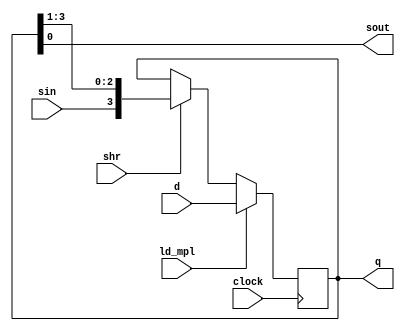
module vpl_mplreg_v(d,sin,ld_mpl,shr,clock,q,sout);
	input[3:0] d;
	input sin,ld_mpl,shr,clock;
	output reg[3:0] q;
	output sout;
	
	assign sout = q[0];
	
	always@(posedge clock)
		if(ld_mpl)
			q = d;
		else if(shr)
			q = {sin,q[3:1]};
		else
			q = q;
endmodule